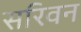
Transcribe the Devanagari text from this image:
सरिवन